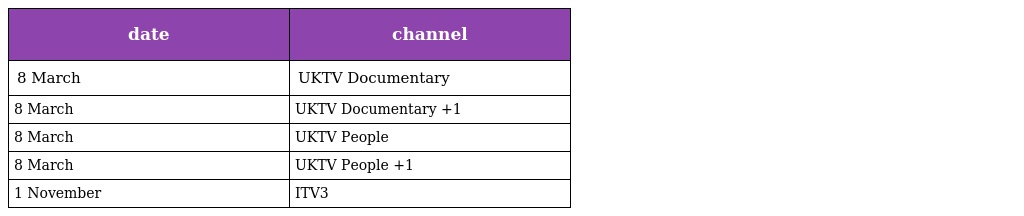
| date | channel |
 | --- | --- |
 | 8 March | UKTV Documentary |
 | 8 March | UKTV Documentary +1 |
 | 8 March | UKTV People |
 | 8 March | UKTV People +1 |
 | 1 November | ITV3 |